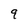
Character: 9